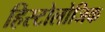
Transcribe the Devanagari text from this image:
हिस्टोलोजिक